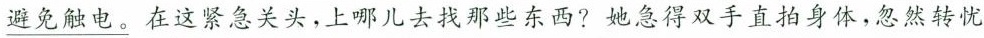
\underline{避免触电。}在这紧急关头，上哪儿去找那些东西?她急得双手直拍身体，忽然转忧